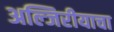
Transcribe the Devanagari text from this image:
अल्जिरीयाचा